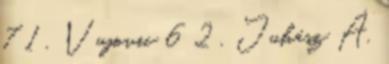
7 1 , Vujovic 6 2 , Juhász Á.